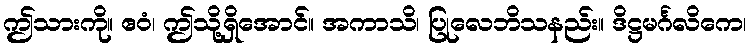
ဤသားကို။ ဧဝံ၊ ဤသို့ရှိအောင်။ အကာသိ၊ ပြုလေဘိသနည်း။ ဒိဋ္ဌမင်္ဂလိကေ၊